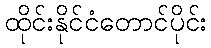
ထိုင်းနိုင်ငံတောင်ပိုင်း